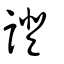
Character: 證